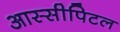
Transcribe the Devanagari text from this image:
आस्सीपिटल